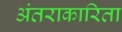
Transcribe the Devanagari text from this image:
अंतराकारिता